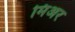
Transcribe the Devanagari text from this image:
मिअर